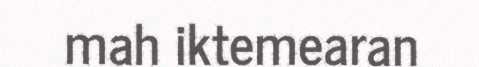
mah iktemearan